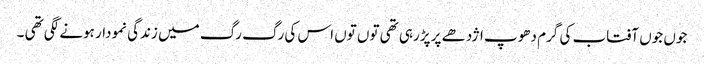
جوں جوں آفتاب کی گرم دھوپ اژدھے پر پڑرہی تھی توں توں اس کی رگ رگ میں زندگی نمودار ہونے لگی تھی ۔